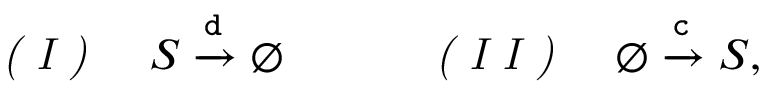
\begin{array} { r } { \emph { ( I ) } \quad S \xrightarrow { \mathtt { d } } \varnothing \quad \quad \quad \emph { ( I I ) } \quad \varnothing \xrightarrow { \mathtt { c } } S , } \end{array}